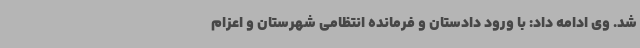
شد. وی ادامه داد: با ورود دادستان و فرمانده انتظامی شهرستان و اعزام